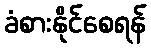
ခံစားနိုင်စေရန်